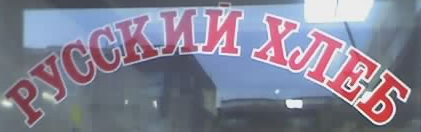
PYCCKNN XAEb